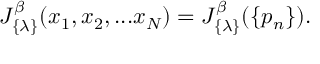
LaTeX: J _ { \{ \lambda \} } ^ { \beta } ( x _ { 1 } , x _ { 2 } , . . . x _ { N } ) = J _ { \{ \lambda \} } ^ { \beta } ( \{ p _ { n } \} ) .